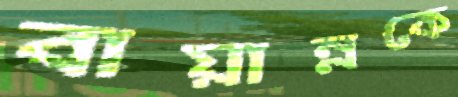
বায়ান্নকে